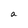
Character: a